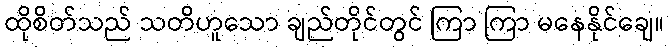
ထိုစိတ်သည် သတိဟူသော ချည်တိုင်တွင် ကြာ ကြာ မနေနိုင်ချေ။